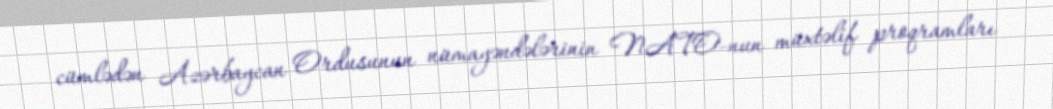
cümlədən Azərbaycan Ordusunun nümayəndələrinin NATO-nun müxtəlif proqramları